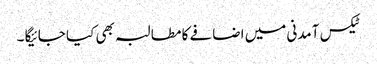
ٹیکس آمدنی میں اضافے کا مطالبہ بھی کیا جائیگا ۔